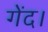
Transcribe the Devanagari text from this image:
गेंद।